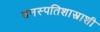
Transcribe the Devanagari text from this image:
वनस्पतिशास्त्राशी